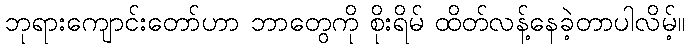
ဘုရားကျောင်းတော်ဟာ ဘာတွေကို စိုးရိမ် ထိတ်လန့်နေခဲ့တာပါလိမ့်။